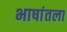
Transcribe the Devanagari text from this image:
भाषांतला